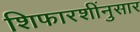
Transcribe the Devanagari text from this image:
शिफारशींनुसार